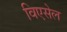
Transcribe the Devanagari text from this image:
विएसेल